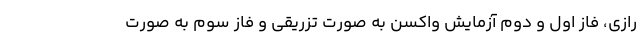
رازی، فاز اول و دوم آزمایش واکسن به صورت تزریقی و فاز سوم به صورت